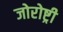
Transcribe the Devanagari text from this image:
जोरोष्ट्री